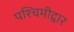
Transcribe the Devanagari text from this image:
पश्चिमीद्वार